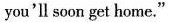
you'll soon get home."